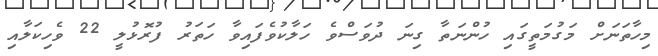
މިހާތަނަށް މަގުމަތީގައި ހުންނަތާ ގިނަ ދުވަސްވެ ހަލާކުވެފައިވާ ހަތަރު ފުރޮޅުލީ 22 ވެހިކަލާއި